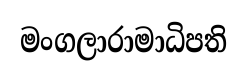
මංගලාරාමාධිපති